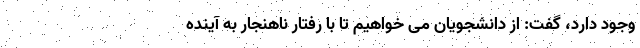
وجود دارد، گفت: از دانشجویان می خواهیم تا با رفتار ناهنجار به آینده